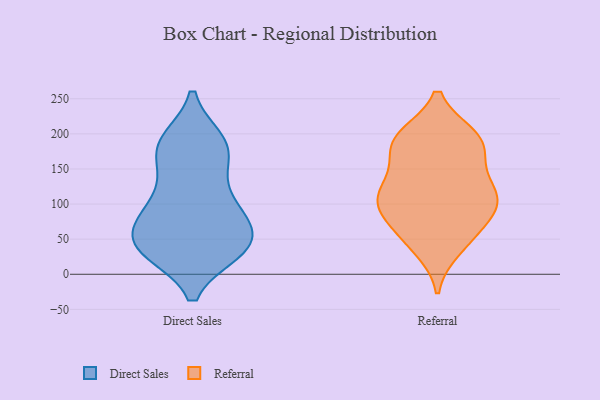
{"axis": {"x": "Active Users", "y": "Value"}, "legend": ["Direct Sales", "Referral"], "data": [{"x": "", "y": 93, "type": "Direct Sales"}, {"x": "", "y": 66, "type": "Direct Sales"}, {"x": "", "y": 189, "type": "Direct Sales"}, {"x": "", "y": 73, "type": "Direct Sales"}, {"x": "", "y": 34, "type": "Direct Sales"}, {"x": "", "y": 190, "type": "Direct Sales"}, {"x": "", "y": 78, "type": "Direct Sales"}, {"x": "", "y": 36, "type": "Direct Sales"}, {"x": "", "y": 33, "type": "Direct Sales"}, {"x": "", "y": 172, "type": "Direct Sales"}, {"x": "", "y": 107, "type": "Direct Sales"}, {"x": "", "y": 33, "type": "Direct Sales"}, {"x": "", "y": 88, "type": "Direct Sales"}, {"x": "", "y": 44, "type": "Direct Sales"}, {"x": "", "y": 154, "type": "Direct Sales"}, {"x": "", "y": 39, "type": "Direct Sales"}, {"x": "", "y": 189, "type": "Direct Sales"}, {"x": "", "y": 125, "type": "Direct Sales"}, {"x": "", "y": 179, "type": "Direct Sales"}, {"x": "", "y": 41, "type": "Direct Sales"}, {"x": "", "y": 191, "type": "Referral"}, {"x": "", "y": 54, "type": "Referral"}, {"x": "", "y": 197, "type": "Referral"}, {"x": "", "y": 92, "type": "Referral"}, {"x": "", "y": 197, "type": "Referral"}, {"x": "", "y": 80, "type": "Referral"}, {"x": "", "y": 83, "type": "Referral"}, {"x": "", "y": 134, "type": "Referral"}, {"x": "", "y": 112, "type": "Referral"}, {"x": "", "y": 150, "type": "Referral"}, {"x": "", "y": 107, "type": "Referral"}, {"x": "", "y": 179, "type": "Referral"}, {"x": "", "y": 36, "type": "Referral"}, {"x": "", "y": 174, "type": "Referral"}, {"x": "", "y": 99, "type": "Referral"}, {"x": "", "y": 121, "type": "Referral"}, {"x": "", "y": 45, "type": "Referral"}, {"x": "", "y": 113, "type": "Referral"}, {"x": "", "y": 197, "type": "Referral"}]}